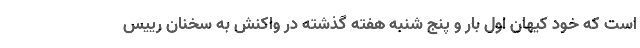
است که خود کیهان اول بار و پنج شنبه هفته گذشته در واکنش به سخنان رییس